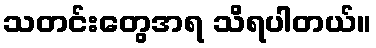
သတင်းတွေအရ သိရပါတယ်။